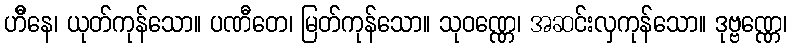
ဟီိနေ၊ ယုတ်ကုန်သော။ ပဏီတေ၊ မြတ်ကုန်သော။ သုဝဏ္ဏေ၊ အဆင်းလှကုန်သော။ ဒုဗ္ဗဏ္ဏေ၊